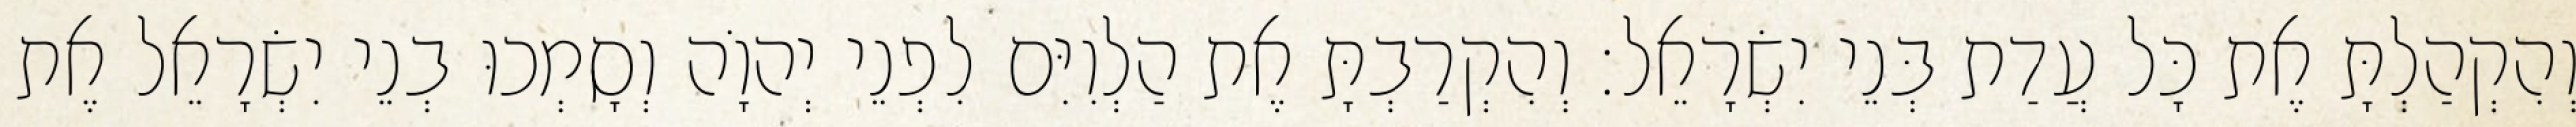
וְהִקְהַלְתָּ אֶת כָּל עֲדַת בְּנֵי יִשְׂרָאֵל׃ וְהִקְרַבְתָּ אֶת הַלְוִיִּם לִפְנֵי יְהוָֹה וְסָמְכוּ בְנֵי יִשְׂרָאֵל אֶת